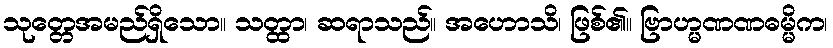
သုတ္တေအမည်ရှိသော။ သတ္ထာ၊ ဆရာသည်။ အဟောသိ၊ ဖြစ်၏။ ဗြာဟ္မဏဏဓမ္မိက၊